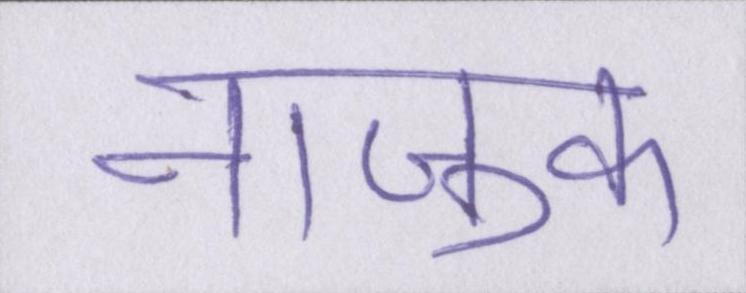
नाजुक